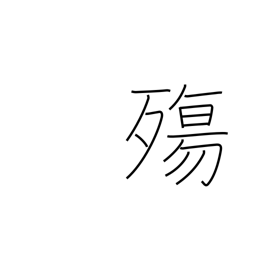
Meaning: dying at a young age